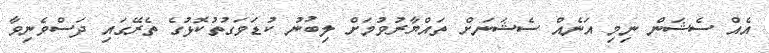
އެއް ސެޝަން ނިމި އަނެއް ސެޝަނަށް ތައްޔާރުވުމަށް ލިބުނު ކުޑަވަގުތުކޮޅުގެ ތެރޭގައި ދަސްވެނިވާ